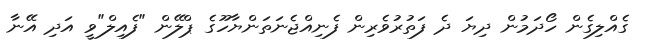
ގެއްލިގެން ހޯދަމުން ދިޔަ ދެ ފަތުރުވެރިން ފެނިއްޖެނަތަންޔާހޫގެ ޕްލޭން "ފެއިލް"ވީ އަދި އޭނާ